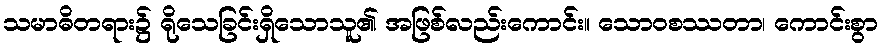
သမာဓိတရား၌ ရိုသေခြင်းရှိသောသူ၏ အဖြစ်လည်းကောင်း။ သောဝစဿတာ၊ ကောင်းစွာ